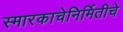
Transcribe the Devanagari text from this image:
स्मारकाचेनिर्मितीचे